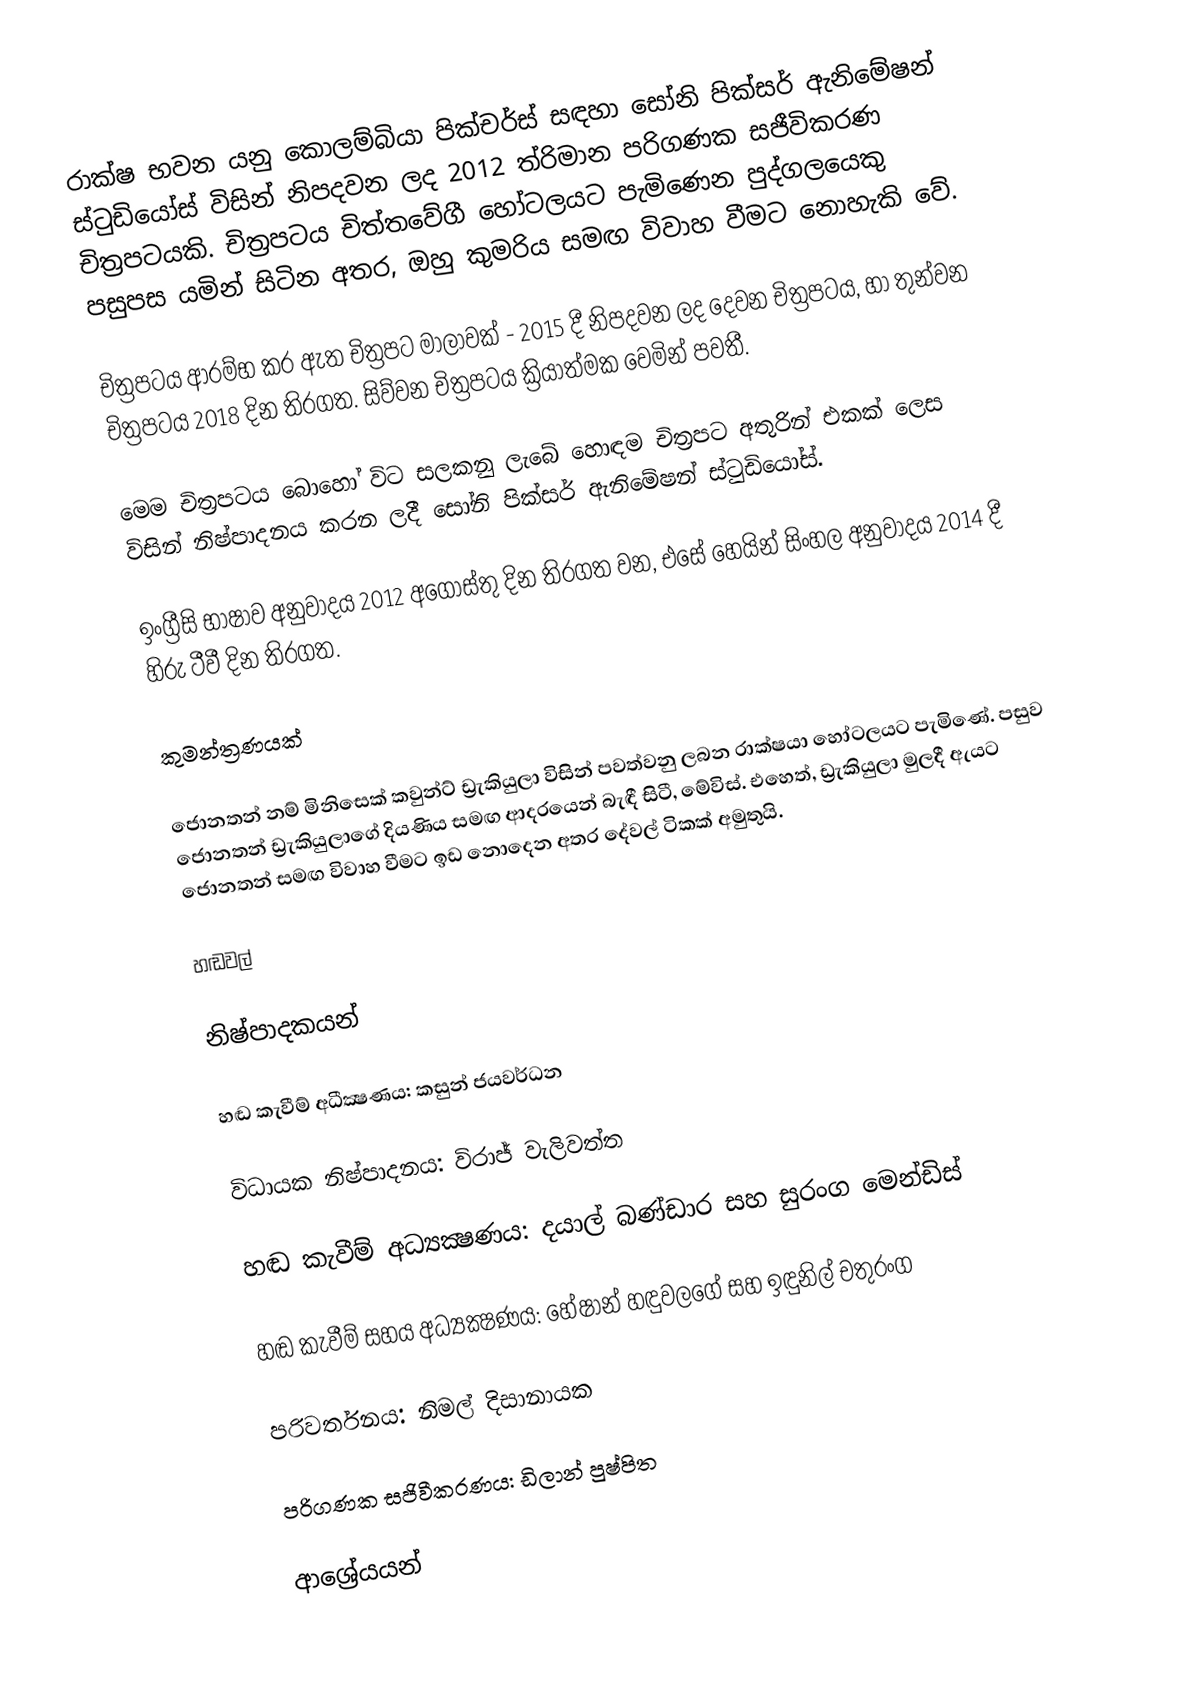
රාක්ෂ භවන යනු කොලම්බියා පික්චර්ස් සඳහා සෝනි පික්සර් ඇනිමේෂන් ස්ටුඩියෝස් විසින් නිපදවන ලද 2012 ත්රිමාන පරිගණක සජීවිකරණ චිත්‍රපටයකි. චිත්‍රපටය චිත්තවේගී හෝටලයට පැමිණෙන පුද්ගලයෙකු පසුපස යමින් සිටින අතර, ඔහු කුමරිය සමඟ විවාහ වීමට නොහැකි වේ.

චිත්‍රපටය ආරම්භ කර ඇත චිත්‍රපට මාලාවක් - 2015 දී නිපදවන ලද දෙවන චිත්‍රපටය, හා තුන්වන චිත්‍රපටය 2018 දින තිරගත. සිව්වන චිත්‍රපටය ක්‍රියාත්මක වෙමින් පවතී.

මෙම චිත්‍රපටය බොහෝ විට සලකනු ලැබේ හොඳම චිත්‍රපට අතුරින් එකක් ලෙස විසින් නිෂ්පාදනය කරන ලදී සෝනි පික්සර් ඇනිමේෂන් ස්ටුඩියෝස්.

ඉංග්‍රීසි භාෂාව අනුවාදය 2012 අගෝස්තු දින තිරගත වන, එසේ හෙයින් සිංහල අනුවාදය 2014 දී හිරු ටීවී දින තිරගත.

කුමන්ත්‍රණයක්

ජොනතන් නම් මිනිසෙක් කවුන්ට් ඩ්‍රැකියුලා විසින් පවත්වනු ලබන රාක්ෂයා හෝටලයට පැමිණේ. පසුව ජොනතන් ඩ්‍රැකියුලාගේ දියණිය සමඟ ආදරයෙන් බැඳී සිටී, මේවිස්. එහෙත්, ඩ්‍රැකියුලා මුලදී ඇයට ජොනතන් සමඟ විවාහ වීමට ඉඩ නොදෙන අතර දේවල් ටිකක් අමුතුයි.

හඬවල්

නිෂ්පාදකයන්

හඬ කැවීම් අධීක්‍ෂණය: කසුන් ජයවර්ධන

විධායක නිෂ්පාදනය: විරාජ් වැලිවත්ත

හඬ කැවීම් අධ්‍යක්‍ෂණය: දයාල් බණ්ඩාර සහ සුරංග මෙන්ඩිස්

හඬ කැවීම් සහය අධ්‍යක්‍ෂණය: හේෂාන් හඳුවලගේ සහ ඉඳුනිල් චතුරංග

පරිවර්තනය: නිමල් දිසානායක

පරිගණක සජිවීකරණය: ඩිලාන් පුෂ්පිත

ආශ්‍රේයයන්